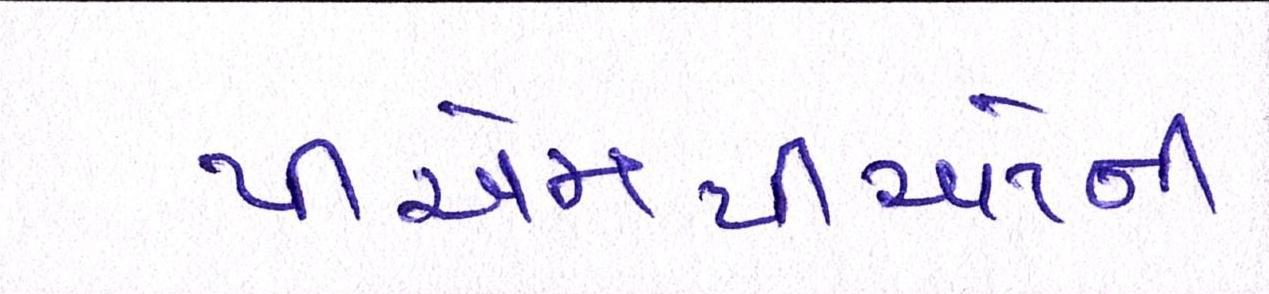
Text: પીએમપીઓની